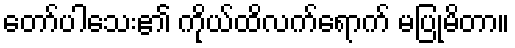
တော်ပါသေး၏ ကိုယ်ထိလက်ရောက် မပြုမိတာ။